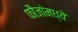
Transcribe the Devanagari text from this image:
फौजांमध्ये